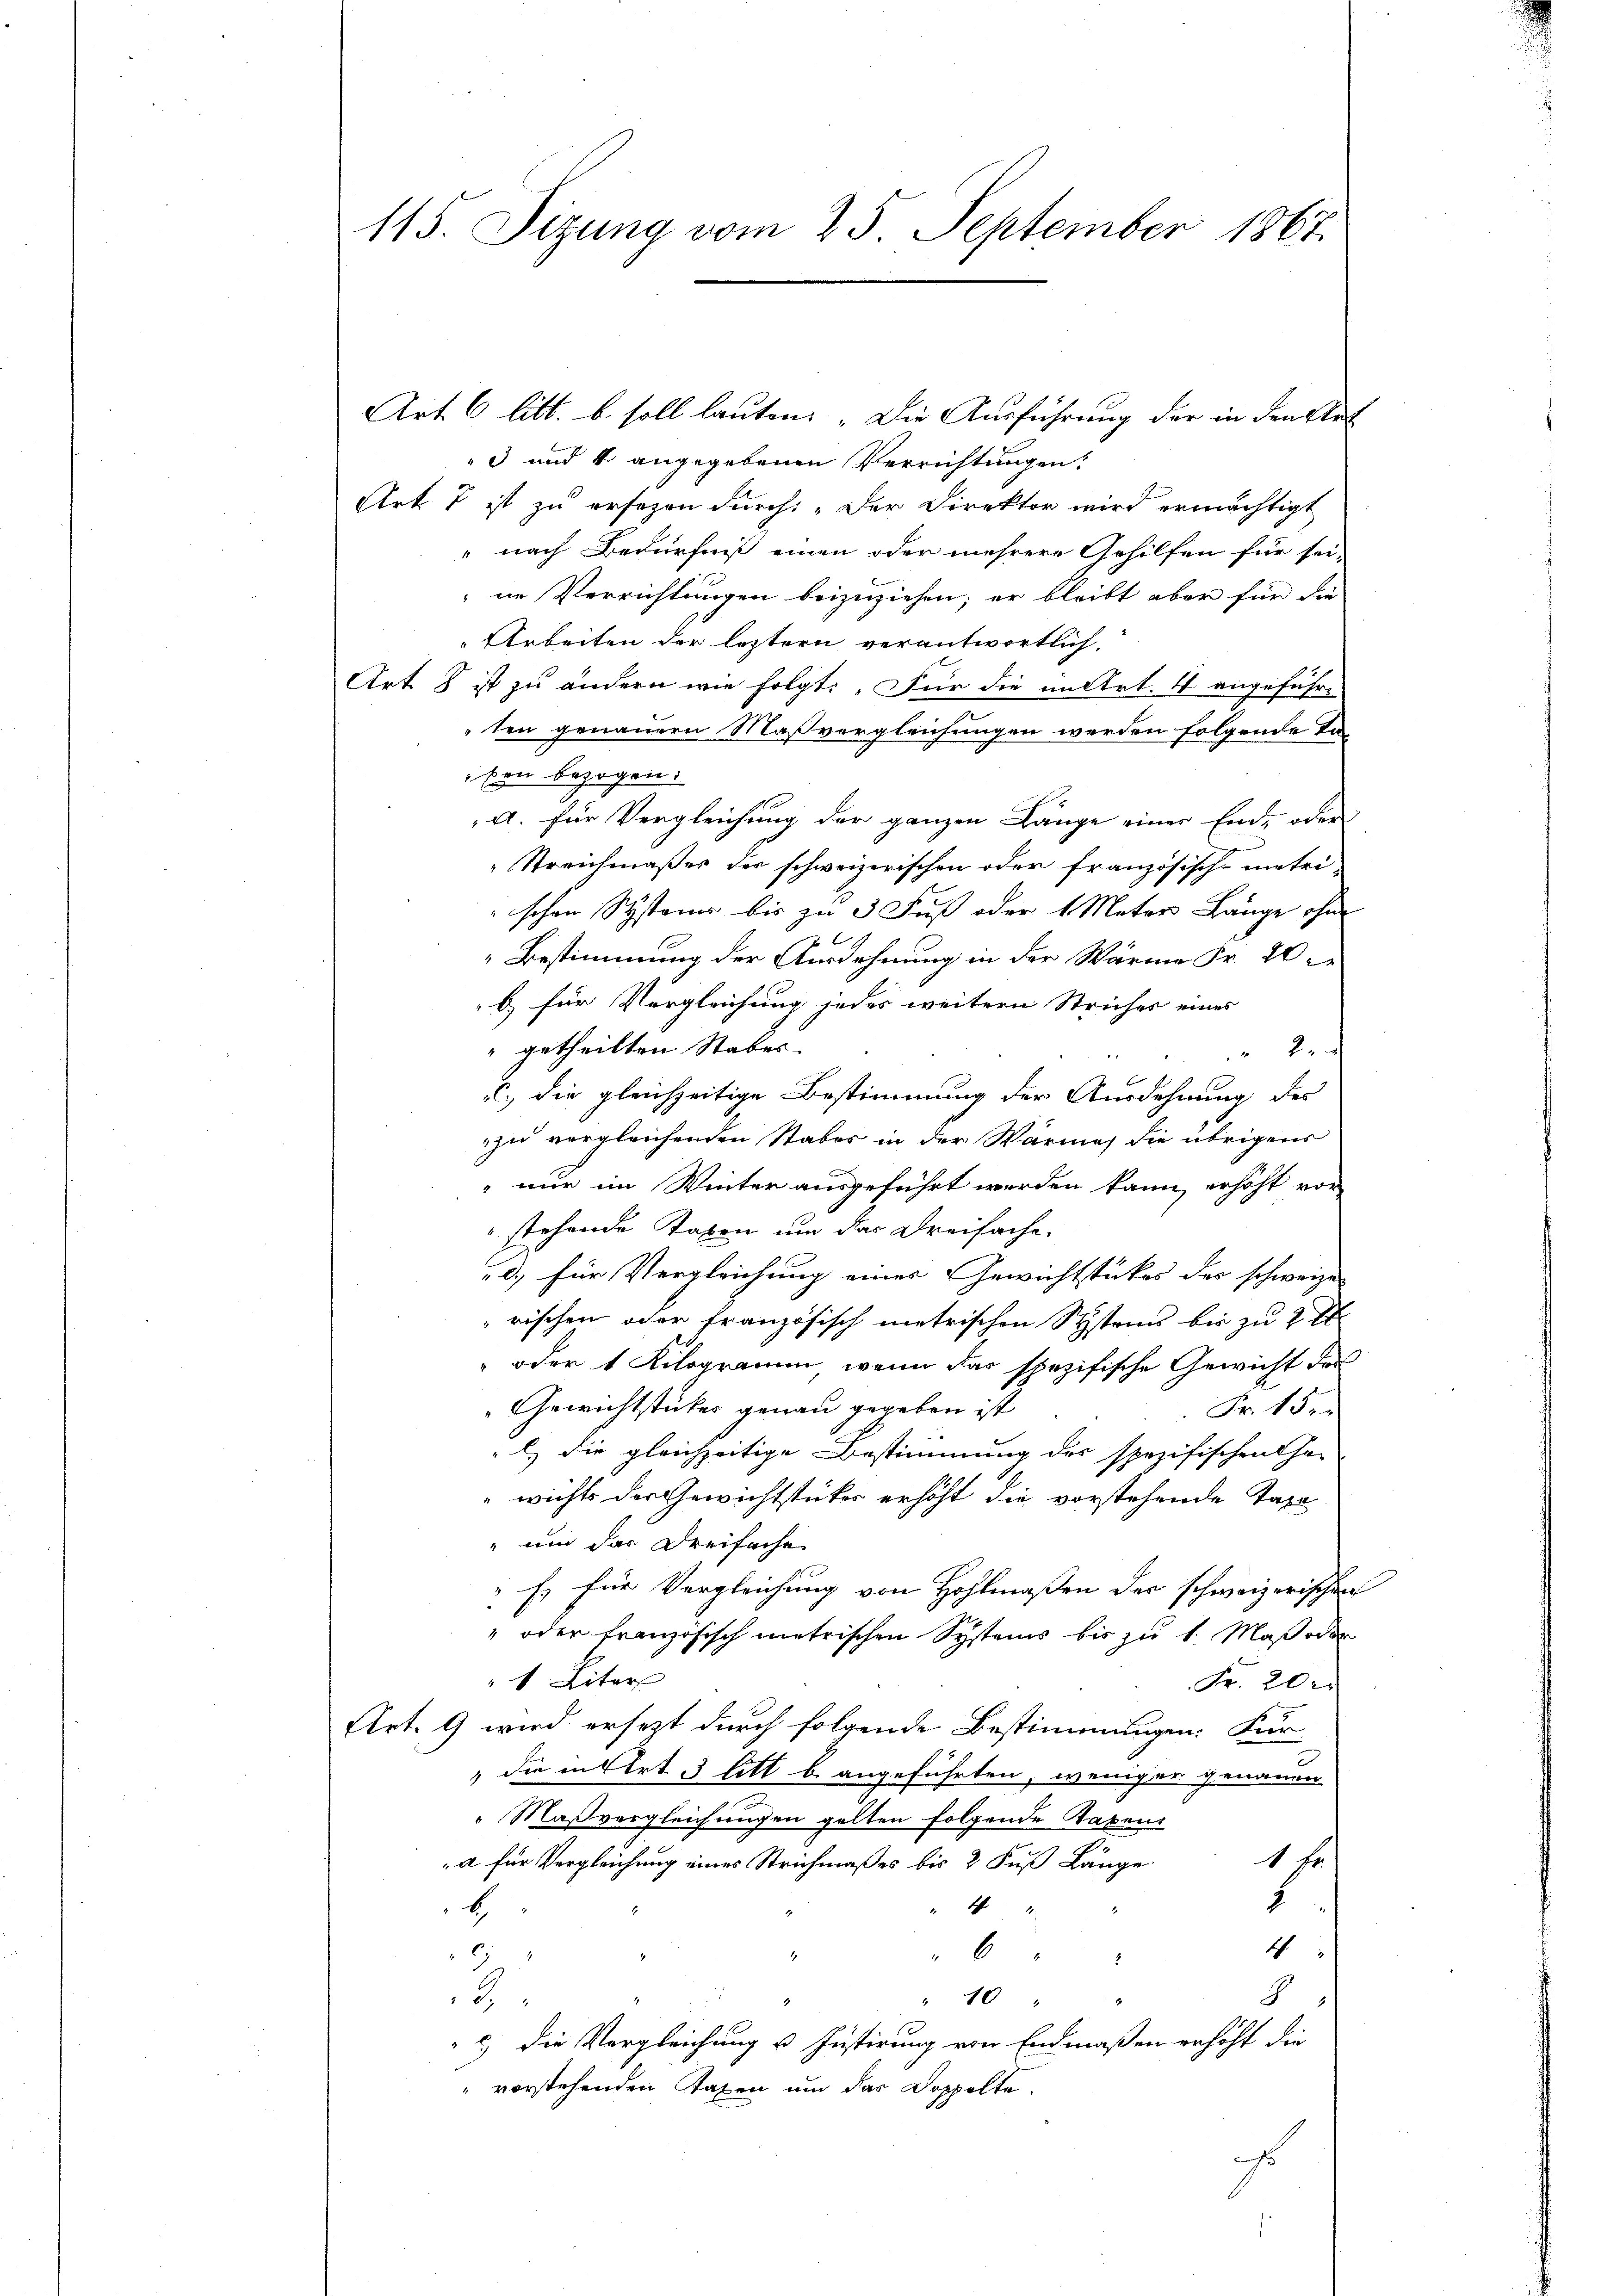
115. Sizung vom 25. September 1867.

Art. 6 litt. b soll lauten: „Die Ausführung der in den Stet
3 und 4 angegebenen Verrichtungen.
Art. 7 ist zu ersezen durch: „Der Direktor wird ermächtigt
" nach Bedürfniß einen oder mehrere Gehilfen für sei-
ne Verrichtungen beizuziehen; er bleibt aber für die
Arbeiten der letztern verantwortlich.
Art. 8 ist zu ändern wie folgt: „Für die in Art. 4 angeführt
ten genauern Maßvergleichungen werden folgende Taben bezogen.
A. für Vergleichung der ganzen Länge einer End- oder
Streichmaßes der schweizerischen oder französische metri-
schen Systems bis zu 3 Fuß oder 1 Meter Länge ohne
2
Bestimmung der Ausdehnung in der Wärme Fr. 20
b für Vergleichung jedes weitern Striches eines
" getheilten Stabes.
 2. d
) die gleichzeitige Bestimmung der Ausdehnung des
zu vergleichenden Stabes in der Wärmes die übrigens
 nur im Winter ausgeführt werden kann, erhöht vor
stehende Taben um das Dreifache,
d.) für Vergleichung eines Gewichtstückes der schweize
rischen oder französisch metrischen Systand bis zu 2 l
 oder 1 Kilogramm, wenn das spezifische Gewicht des
Gewichtstückes genau gegeben ist
Fr. 15.
l) die gleichzeitige Bestimmung des spezifischen Jo-
wichts der Gewichtstücker erhöht die vorstehende Taxe
" und das Dreifache
" Es für Vergleichung von Hohlmaßen der schweizerischen
" oder französisch metrischen Systems bis zu 1. Maß oder
1 Liter
Fr. 20.
Art. 9 wird ersezt durch folgende Bestimmungen: Für-
 die in Art. 33 litt b. angeführten, weniger genauen
Maßvergleichungen gelten folgende Raben
1 Fr.
a für Vergleichung eines Strichmaßes bis 2 Fuß Länge
2
" 4 "
b
4
6
67
4
2
2
" 10
8
 c) die Vergleichung u. Justirung von Endmaßen erhöht die
" vorstehenden Taxen um das Doppelte.
ahs